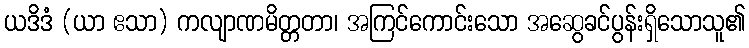
ယဒိဒံ (ယာ ဧသာ) ကလျာဏမိတ္တတာ၊ အကြင်ကောင်းသော အဆွေခင်ပွန်းရှိသောသူ၏